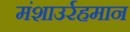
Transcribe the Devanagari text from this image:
मंशाउर्रहमान